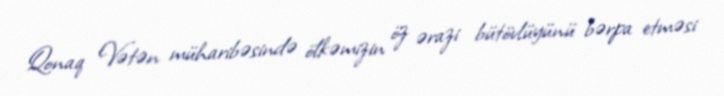
Qonaq Vətən müharibəsində ölkəmizin öz ərazi bütövlüyünü bərpa etməsi